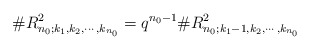
\begin{align*}\#R^2_{n_0;k_1,k_2,\cdots,k_{n_0}}=q^{n_0-1}\#R^2_{n_0;k_1-1,k_2,\cdots,k_{n_0}}\end{align*}